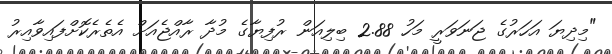
"މިދިޔަ އަހަރުގެ ޖަނަވަރީ މަހު 2.88 ބިލިއަން ރުފިޔާގެ މުދާ ރާއްޖެއަށް އެތެރެކޮށްފައިވާއިރު